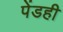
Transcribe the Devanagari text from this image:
पेंडही